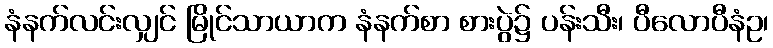
နံနက်လင်းလျှင် မြိုင်သာယာက နံနက်စာ စားပွဲ၌ ပန်းသီး၊ ပီလောပီနံဥ၊